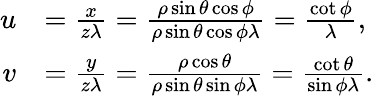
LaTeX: \begin{array}{rl}{u}&{=\frac{x}{z\lambda}=\frac{\rho\sin{\theta}\cos{\phi}}{\rho\sin{\theta}\cos{\phi}\lambda}=\frac{\cot{\phi}}{\lambda},}\\ {v}&{=\frac{y}{z\lambda}=\frac{\rho\cos{\theta}}{\rho\sin{\theta}\sin{\phi}\lambda}=\frac{\cot{\theta}}{\sin{\phi}\lambda}.}\end{array}